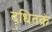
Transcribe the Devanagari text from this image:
दधितक्रं